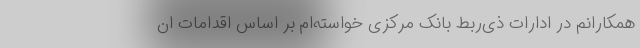
همکارانم در ادارات ذی‌ربط بانک مرکزی خواسته‌ام بر اساس اقدامات ان